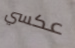
عكسي